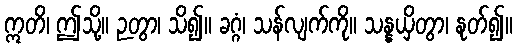
ဣတိ၊ ဤသို့။ ဉတွာ၊ သိ၍။ ခဂ္ဂံ၊ သန်လျက်ကို။ သန္နယှိတွာ၊ နုတ်၍။